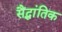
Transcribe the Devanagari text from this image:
सैंद्धांतिक